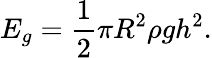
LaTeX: E_{g}=\frac{1}{2}\pi R^{2}\rho gh^{2}.